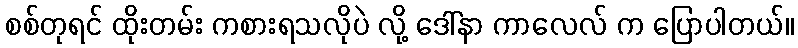
စစ်တုရင် ထိုးတမ်း ကစားရသလိုပဲ လို့ ဒေါ်နာ ကာလေလ် က ပြောပါတယ်။